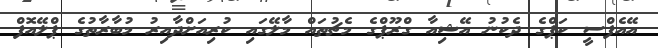
އޭއެފްސީ ކަޕްގެ ދެކުނު އޭޝިއާ ގްރޫޕްގެ މެޗުތައް މާލޭގައި ކުރިއަށްދާއިރު މުބާރާތުގެ ޕްލޭއޮފް